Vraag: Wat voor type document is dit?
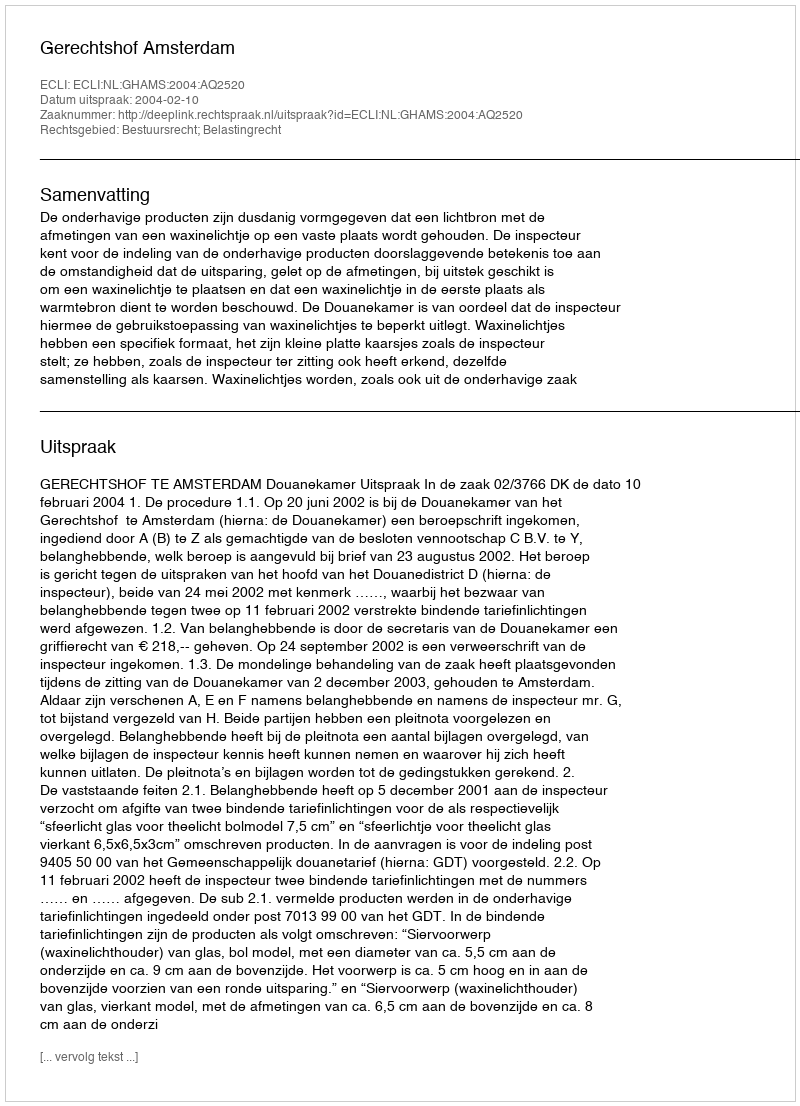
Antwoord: Uitspraak